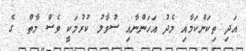
އަދި ތިކަންކަމާއި މެދު އަހަންނާއި ސުވާލު ކުރުމަކީ ވެސް މާތް  ގެ